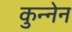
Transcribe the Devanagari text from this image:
कुन्नेन